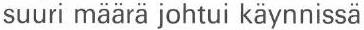
suuri määrä johtui käynnissä